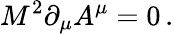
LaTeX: M^{2}\partial_{\mu}A^{\mu}=0\, .